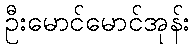
ဦးမောင်မောင်အုန်း